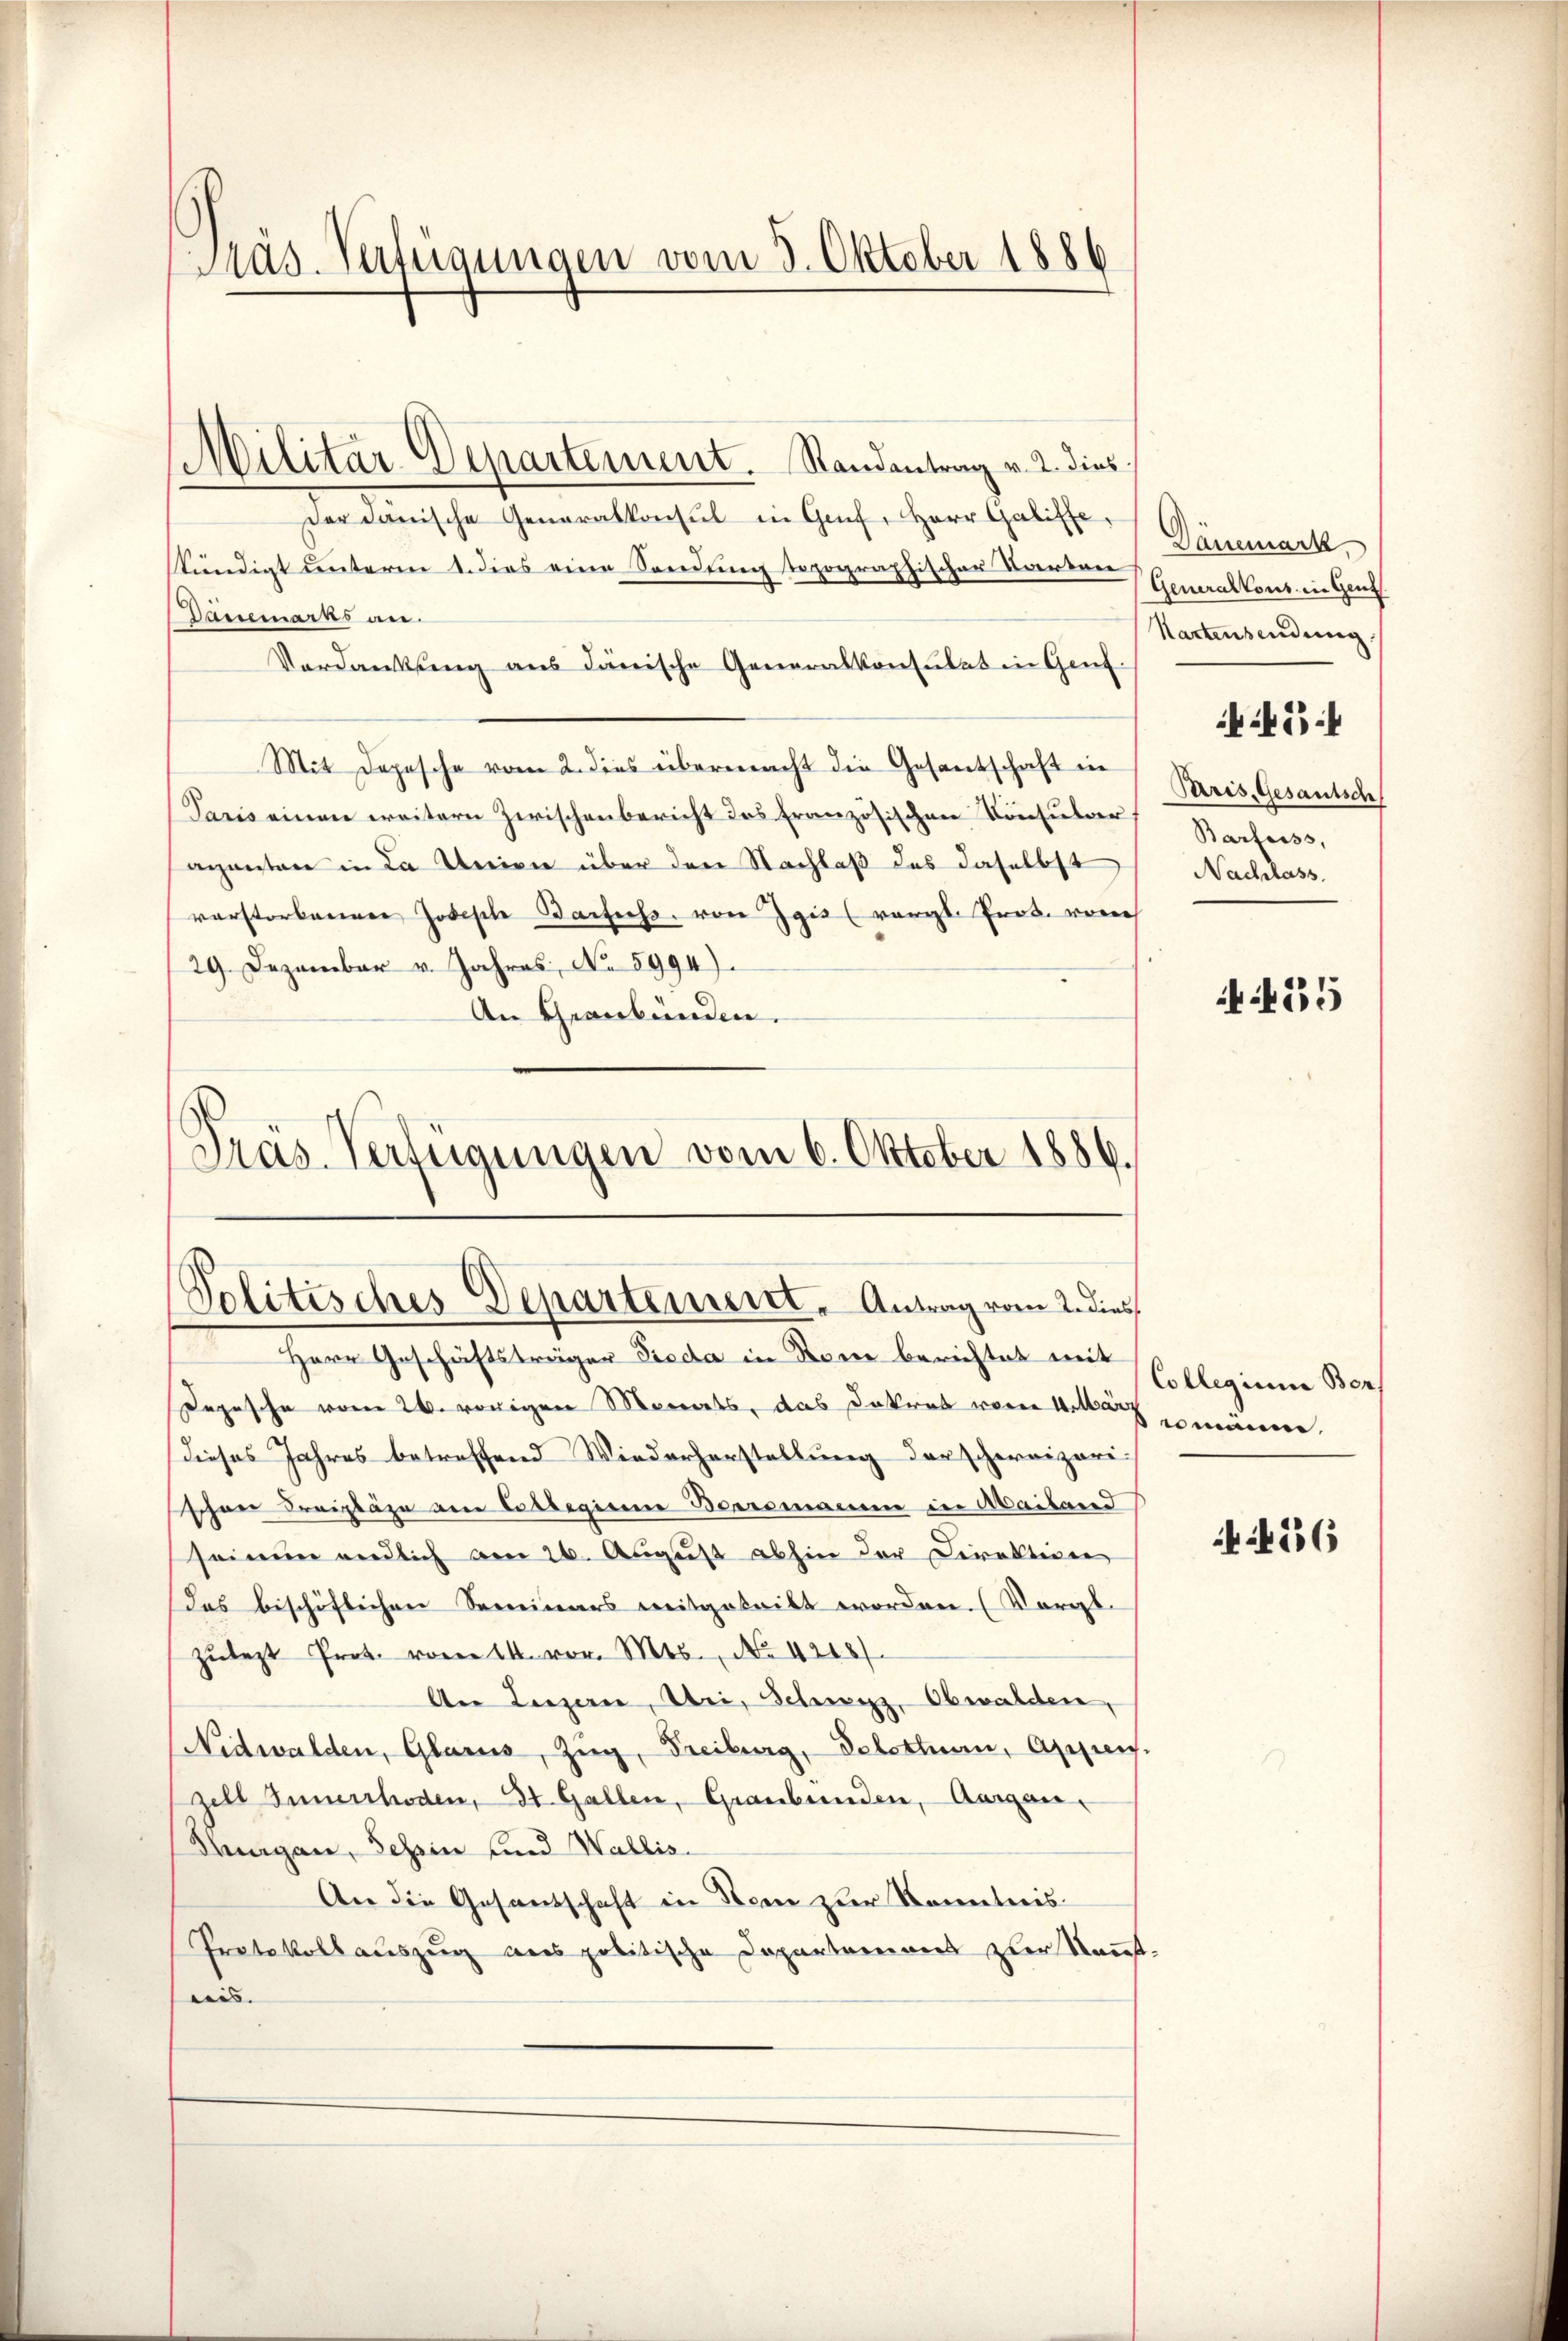
Militär-Departement. Randantrag v. 2. dies
der danische Generalkonsul in Genf, Herr Galiffe,
skündigt unterm 1. dies eine Sendung topographischer Barten Generalkons in Genf
Dänemarks an.
Verdankung aus dänische Generalkonsulat in Genf.
Mit Depesche vom 2. dies übermacht die Gesandschaften Paris, Gesantsch
Paris einen weitern Zwischenbericht des französischen Konsular
aganten in da Union über den Nachlaß das daselbst
vorstorbenen Jodische Baifeiss. von Igis (vergl. Prod. vor
29. Dezember v. Jahres, No 5994).
An Graubünden.
Präs. Verfügungen vom 6. Oktober 1886.

Präs. Verfügungen vom 5. Oktober 1886

Politisches Departement. Antrag vom 2. dies

Herr Geschäftsträger Pioda in Stone berichtet mit
Depesche vom 26. vorigen Monats, das Dekret worin Welle männere
Dieses Jahres betreffend Wiederherstellung der schweizeri-
schöne Freitage am Collegiere Beeremannn in Mailand
seinen endlich den 26. August abhin der Direktion
Das beschöflichen Seminars weitgeteilt worden. (Vorgezŭtest Prot. vom 14. vor. Mts., No 4248/
An Luzern, Uri, Schwyz, Obwalden,
Nidwalden, Glarus, Zug, Freiburg, Solothurn, Appreis.
zell Innerrhoden, 31. Gallen, Graubünden, Aargau.
Thurgau, Schin und Wallis.
An die Gesandschaft in Stein zur Kenntnis¬
Protokollauszug aus politische Departemons zur Kont-
eis. |

Dänemark
Kartensendung
Barfeiss,
Nachlass

5

455

Collegium Ber

556